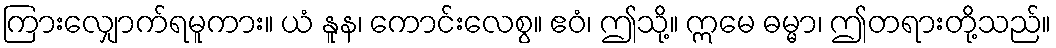
ကြားလျှောက်ရမူကား။ ယံ နူန၊ ကောင်းလေစွ။ ဧဝံ၊ ဤသို့။ ဣမေ ဓမ္မာ၊ ဤတရားတို့သည်။